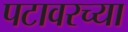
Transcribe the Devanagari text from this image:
पटावरच्या